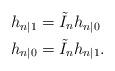
LaTeX: \begin{align*} h_{n|1} &= \tilde{I}_n h_{n|0}\\ h_{n|0} &= \tilde{I}_n h_{n|1}.\end{align*}